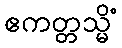
ဧကတ္တသ္မိံ